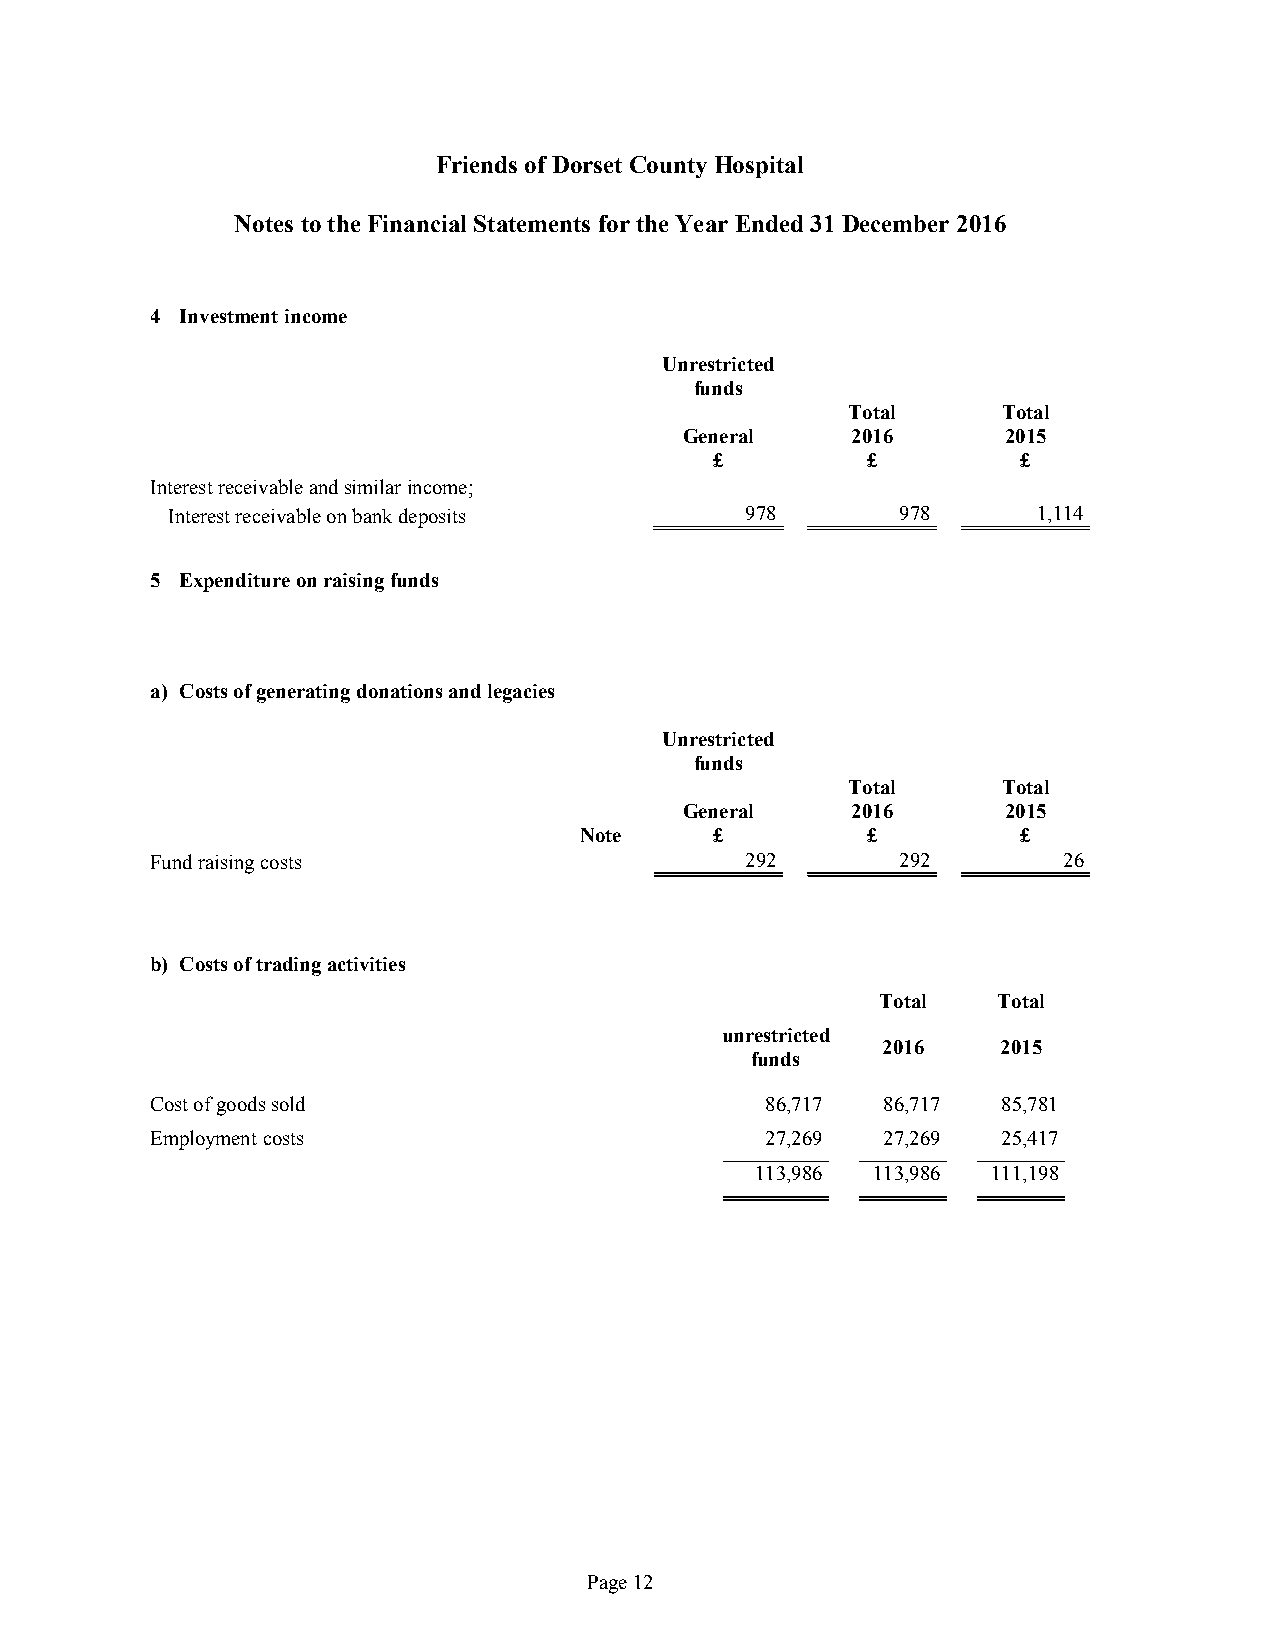
Friends ofDorset County Hospital
 Notes tothe Financial Statements forthe Year Ended31December 2016
 4 Investmentincome
 Unrestricted
 funds
 Total     Total
 General    2016       2015
 £         £          £
 Interestreceivableandsimilarincome;
 Interestreceivableonbankdeposits      978        978      1,114
 5 Expenditureonraisingfunds
 a) Costsofgeneratingdonationsandlegacies
 Unrestricted
 funds
 Total     Total
 General    2016       2015
 Note     £         £          £
 Fundraisingcosts                       292        292       26
 b) Costsoftradingactivities
 Total   Total
 unrestricted
 2016    2015
 funds
 Costofgoodssold                          86,717 86,717  85,781
 Employment costs                         27,269 27,269  25,417
 113,986 113,986 111,198
 Page12